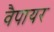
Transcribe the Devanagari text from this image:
वैपायर